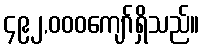
၄၉၂,၀၀၀ကျော်ရှိသည်။